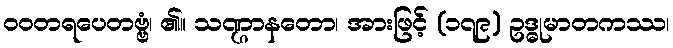
ဝဝတရပေတဗ္ဗံ၊ ၏။ သဏ္ဌာနတော၊ အားဖြင့် (၁၇၉) ဥဒ္ဓုမာတကဿ၊